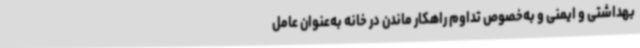
بهداشتی و ایمنی و به‌خصوص تداوم راهکار ماندن در خانه به‌عنوان عامل